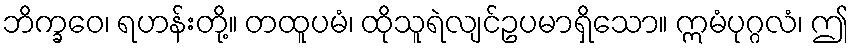
ဘိက္ခဝေ၊ ရဟန်းတို့။ တထူပမံ၊ ထိုသူရဲလျင်ဥပမာရှိသော။ ဣမံပုဂ္ဂလံ၊ ဤ